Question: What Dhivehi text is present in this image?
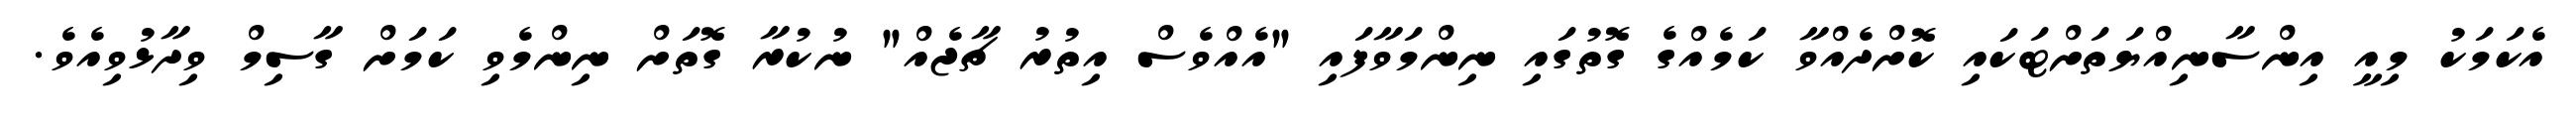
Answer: އެކަމަކު މިއީ އިންސާނިއްޔަތަށްޓަކައި ކޮށްދެއްވާ ކަމެއްގެ ގޮތުގައި ނިންމަވާފައި "އެއްވެސް އިތުރު ޗާޖެއް" ނުކުރާ ގޮތަށް ނިންމެވި ކަމަށް ގާސިމް ވިދާޅުވިއެވެ.